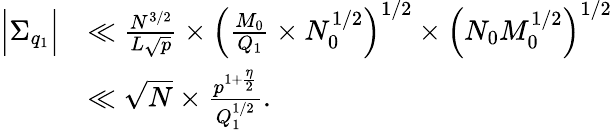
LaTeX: \begin{array}{rl}{\Big|\Sigma_{q_{1}}\Big|}&{\ll\frac{N^{3/2}}{L\sqrt{p}}\times\left(\frac{M_{0}}{Q_{1}}\times N_{0}^{1/2}\right)^{1/2}\times\left(N_{0}M_{0}^{1/2}\right)^{1/2}}\\ &{\ll\sqrt{N}\times\frac{p^{1+\frac{\eta}{2}}}{Q_{1}^{1/2}}.}\end{array}